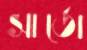
সার্তো